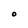
Character: O